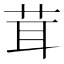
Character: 茸